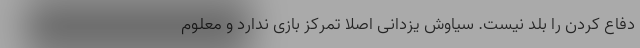
دفاع کردن را بلد نیست. سیاوش یزدانی اصلاً تمرکز بازی ندارد و معلوم